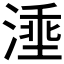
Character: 𣺡